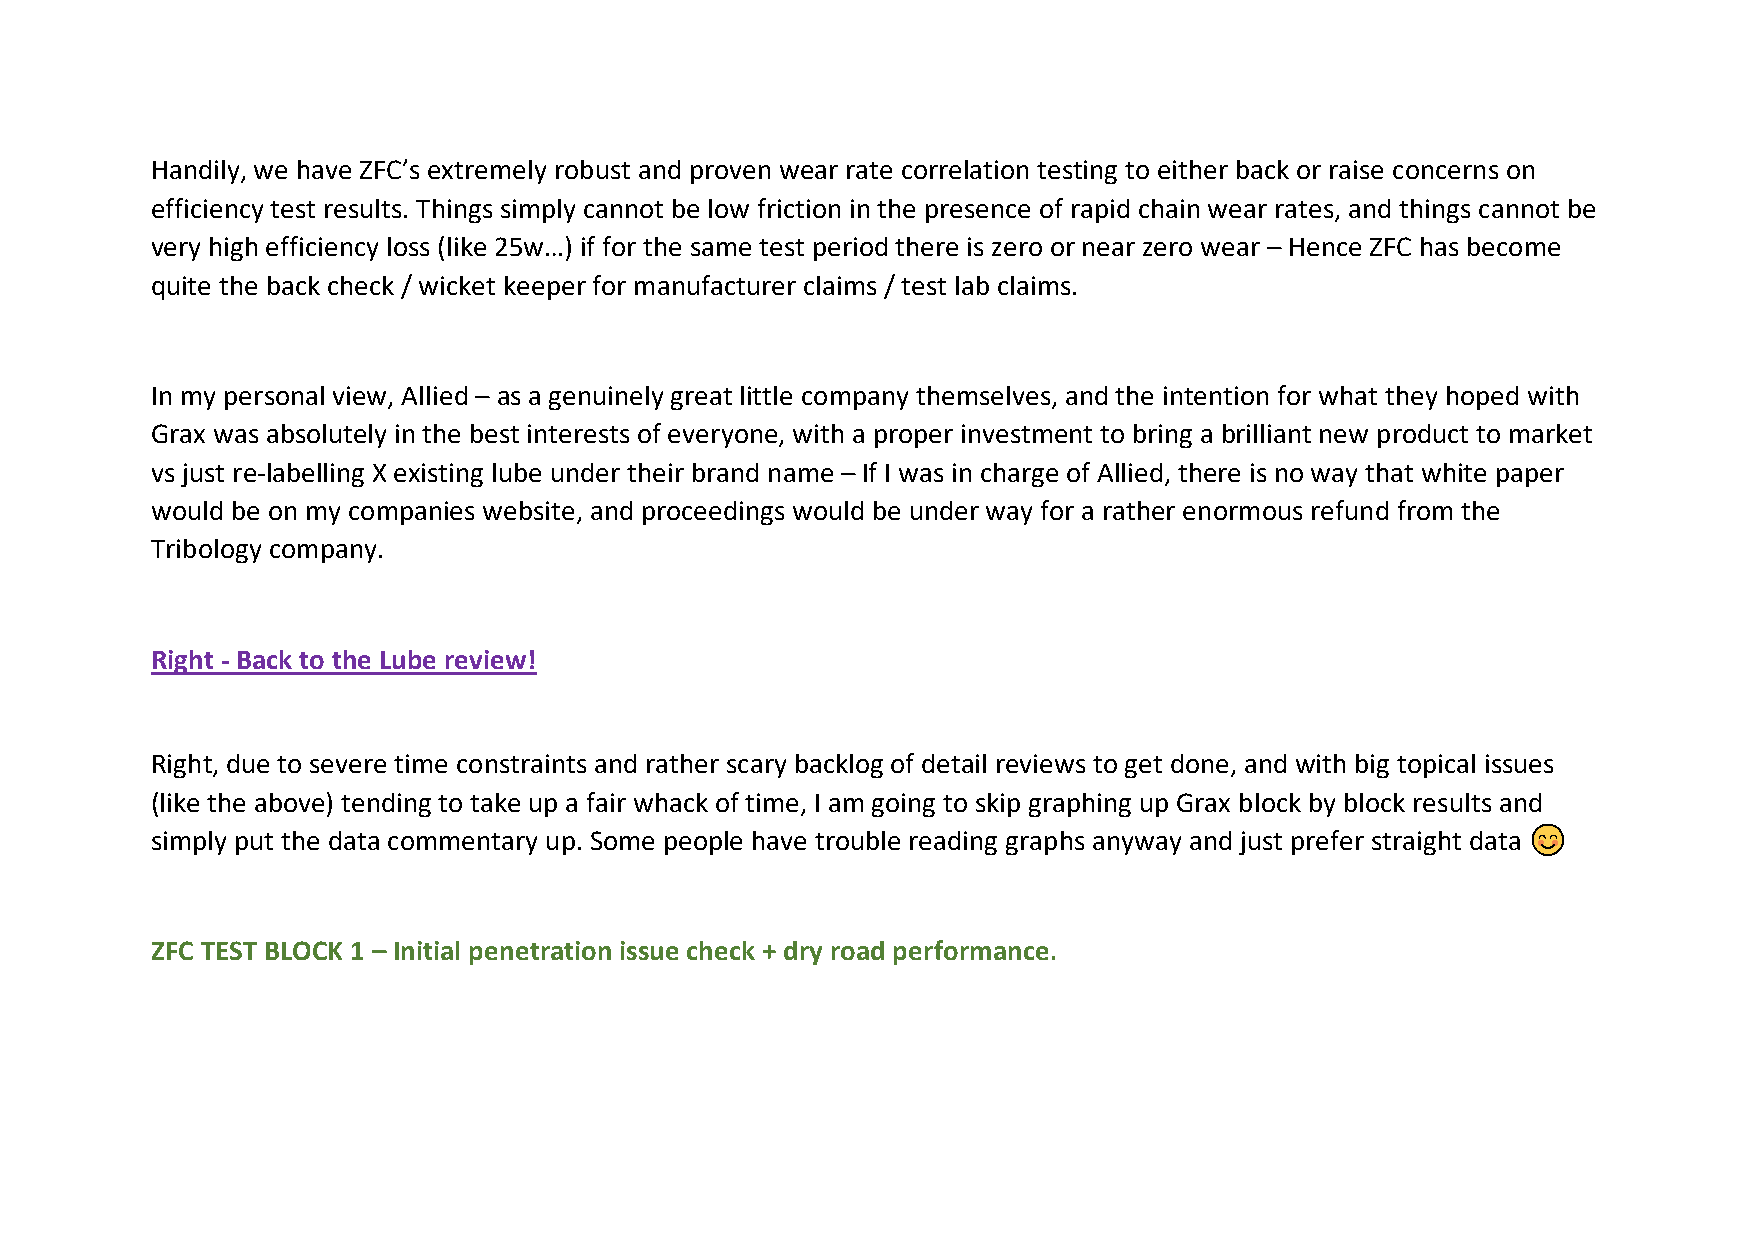
Handily, we have ZFC’s extremely robust and proven wear rate correlation testing to either back or raise concerns on
 efficiency test results. Things simply cannot be low friction in the presence of rapid chain wear rates, and things cannot be
 very high efficiency loss (like 25w…) if for the same test period there is zero or near zero wear – Hence ZFC has become
 quite the back check / wicket keeper for manufacturer claims / test lab claims.
 In my personal view, Allied – as a genuinely great little company themselves, and the intention for what they hoped with
 Grax was absolutely in the best interests of everyone, with a proper investment to bring a brilliant new product to market
 vs just re-labelling X existing lube under their brand name – If I was in charge of Allied, there is no way that white paper
 would be on my companies website, and proceedings would be under way for a rather enormous refund from the
 Tribology company.
 Right - Back to the Lube review!
 Right, due to severe time constraints and rather scary backlog of detail reviews to get done, and with big topical issues
 (like the above) tending to take up a fair whack of time, I am going to skip graphing up Grax block by block results and
 simply put the data commentary up. Some people have trouble reading graphs anyway and just prefer straight data "#$%
 ZFC TEST BLOCK 1 – Initial penetration issue check + dry road performance.